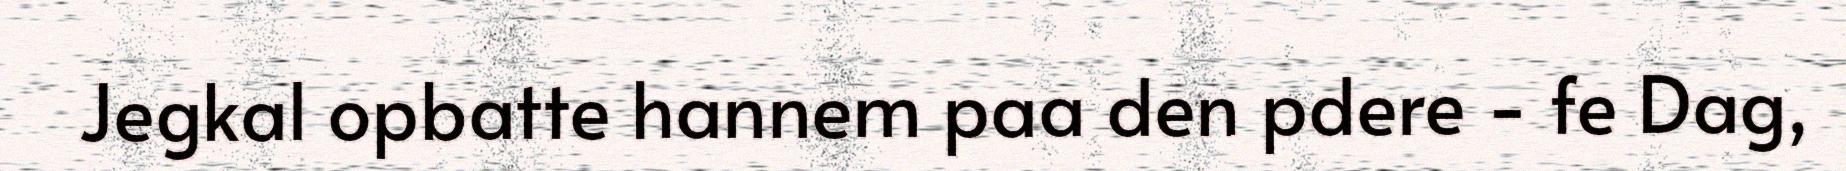
Jegkal opbatte hannem paa den pdere - fe Dag,